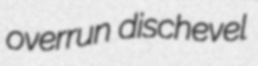
overrun dischevel